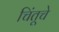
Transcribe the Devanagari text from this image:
चिंतूचे